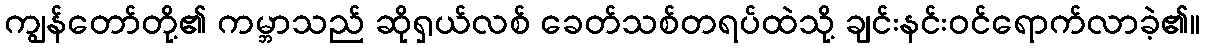
ကျွန်တော်တို့၏ ကမ္ဘာသည် ဆိုရှယ်လစ် ခေတ်သစ်တရပ်ထဲသို့ ချင်းနင်းဝင်ရောက်လာခဲ့၏။